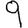
Digit: 9